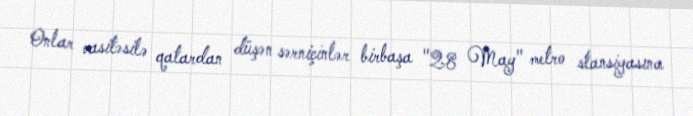
Onlar vasitəsilə qatardan düşən sərniçinlər birbaşa "28 May" metro stansiyasına